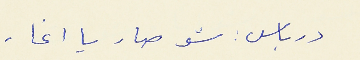
درباس : شو صار يا اغا .